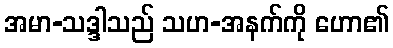
အမာ-သဒ္ဒါသည် သဟ-အနက်ကို ဟော၏